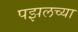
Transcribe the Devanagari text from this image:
पझलच्या